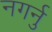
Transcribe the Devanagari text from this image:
नगर्नु